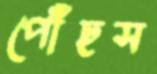
পৌঁছস